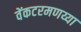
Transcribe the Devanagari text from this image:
वेंकटरमणय्या